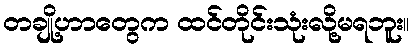
တချို့ဟာတွေက ထင်တိုင်းသုံးလို့မရဘူး။